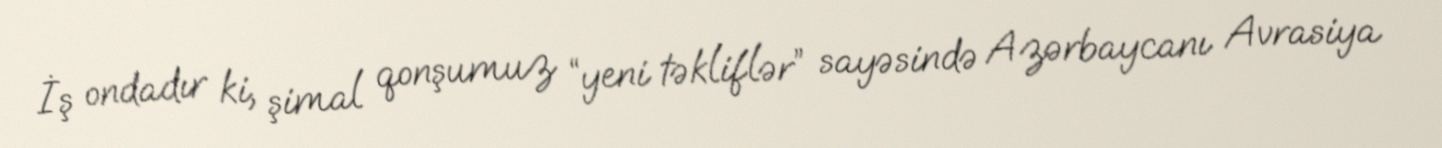
İş ondadır ki, şimal qonşumuz “yeni təkliflər” sayəsində Azərbaycanı Avrasiya